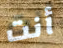
أنت